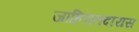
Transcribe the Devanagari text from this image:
जाहिरातदारास